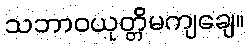
သဘာဝယုတ္တိမကျချေ။